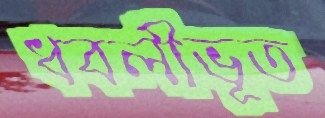
ধবলীভূত